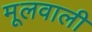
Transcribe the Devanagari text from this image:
मूलवाली